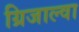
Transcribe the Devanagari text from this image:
ग्रिजाल्वा